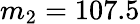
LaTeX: m_{2}=107.5